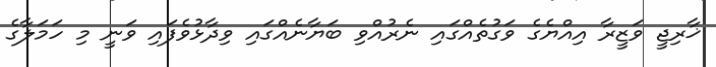
ޚާރިޖީ ވަޒީރާ އިއްޔެގެ ވަގުތެއްގައި ނެރުއްވި ބަޔާނެއްގައި ވިދާޅުވެފައި ވަނީ މި ހަމަލާގެ